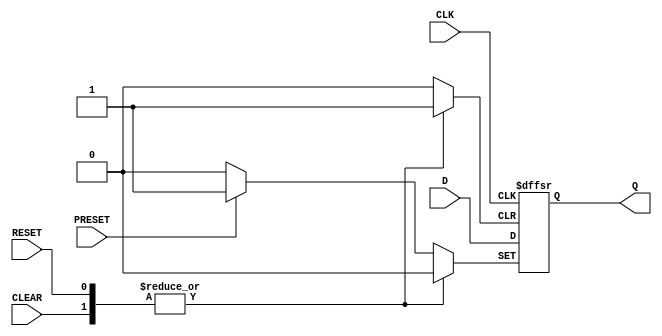
module DFF (
    input wire D,
    input wire CLK,
    input wire RESET,
    input wire PRESET,
    input wire CLEAR,
    output reg Q
);

always @(posedge CLK or posedge RESET or posedge PRESET or posedge CLEAR) begin
    if (RESET) begin
        Q <= 1'b0;
    end else if (PRESET) begin
        Q <= 1'b1;
    end else if (CLEAR) begin
        Q <= 1'b0;
    end else begin
        Q <= D;
    end
end

endmodule